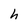
Character: h